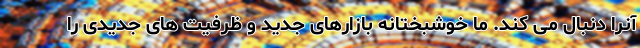
آنرا دنبال می کند. ما خوشبختانه بازارهای جدید و ظرفیت های جدیدی را